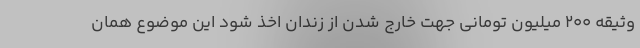
وثیقه 200 میلیون تومانی جهت خارج شدن از زندان اخذ شود این موضوع همان